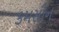
કમસીન